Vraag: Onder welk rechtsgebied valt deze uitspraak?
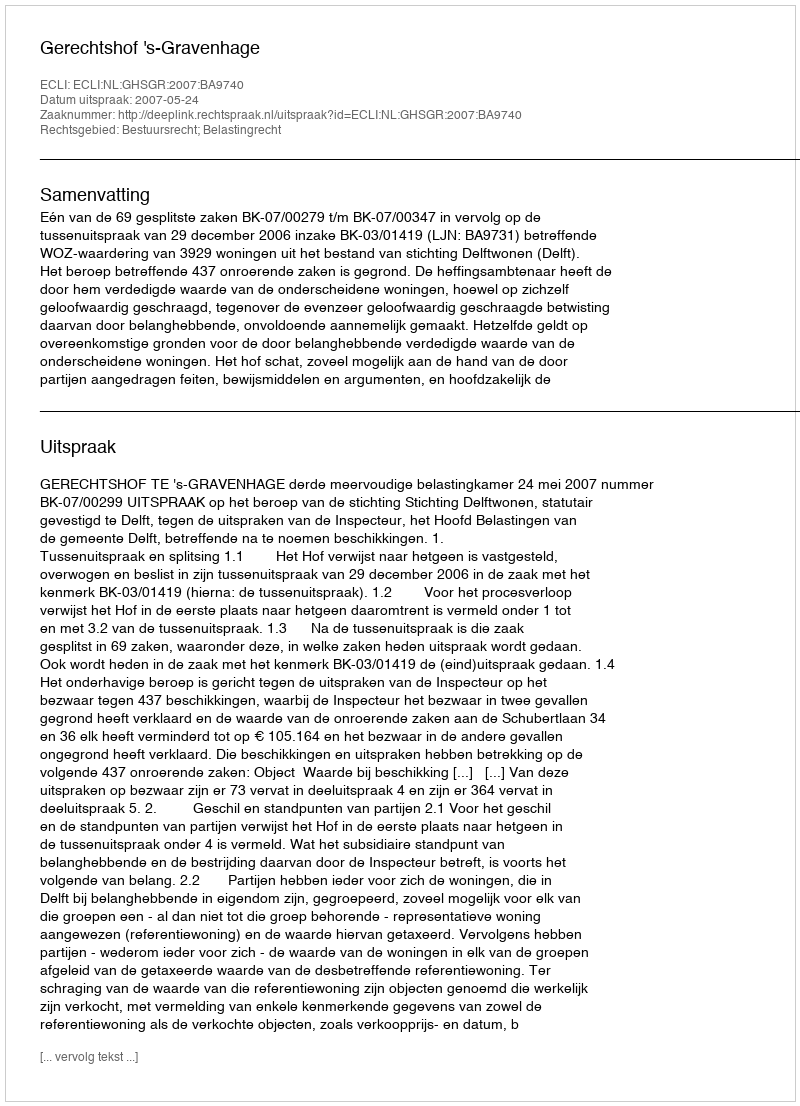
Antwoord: Bestuursrecht; Belastingrecht